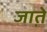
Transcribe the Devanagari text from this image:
जात़े